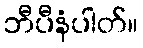
ဘီပီနံပါတ်။